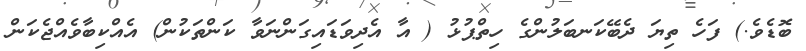
ބޮޑެވެ.) ފަހެ ތިޔަ ދެބޭކަނބަލުންގެ ހިތްޕުޅު ( އާ އެދިވަޑައިގަންނަވާ ކަންތަކުން) އެއްކިބާވެއްޖެކަން